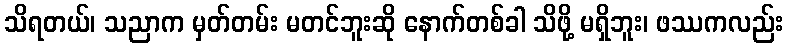
သိရတယ်၊ သညာက မှတ်တမ်း မတင်ဘူးဆို နောက်တစ်ခါ သိဖို့ မရှိဘူး၊ ဖဿကလည်း